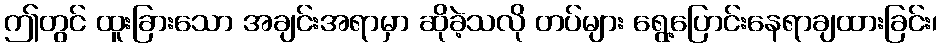
ဤတွင် ထူးခြားသော အချင်းအရာမှာ ဆိုခဲ့သလို တပ်များ ရွေ့ပြောင်းနေရာချထားခြင်း၊